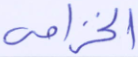
الخزامى